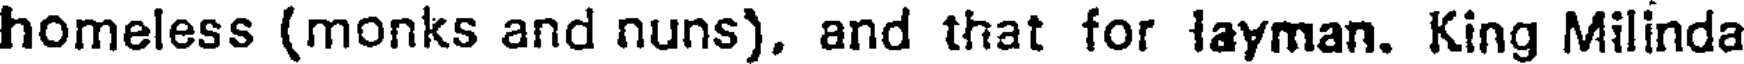
homeless (monks and nuns). and that for layman. King Milinda